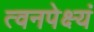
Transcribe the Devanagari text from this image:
त्वनपेक्ष्यं